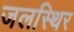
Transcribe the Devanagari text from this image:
जलस्थिर